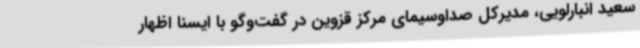
سعید انبارلویی، مدیرکل صداوسیمای مرکز قزوین در گفت‌وگو با ایسنا اظهار